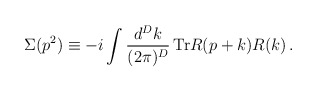
\begin{align*}\Sigma(p^2)\equiv-i \int \frac{d^Dk}{(2\pi)^D}\,{\rm Tr}R(p+k)R(k)\,.\end{align*}